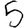
Digit: 5